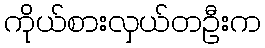
ကိုယ်စားလှယ်တဦးက